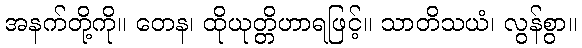
အနက်တို့ကို။ တေန၊ ထိုယုတ္တိဟာရဖြင့်။ သာတိသယံ၊ လွန်စွာ။